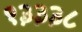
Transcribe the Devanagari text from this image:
१३३३८